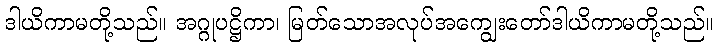
ဒါယိကာမတို့သည်။ အဂ္ဂုပဋ္ဌိကာ၊ မြတ်သောအလုပ်အကျွေးတော်ဒါယိကာမတို့သည်။